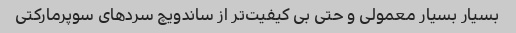
بسیار بسیار معمولی و حتی بی کیفیت‌تر از ساندویچ سردهای سوپرمارکتی